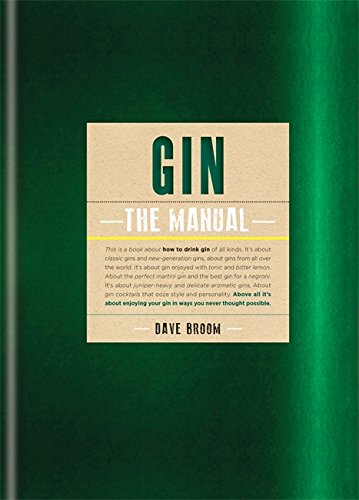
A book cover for Gin: The Manual; Dave Broom; Cookbooks, Food & Wine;